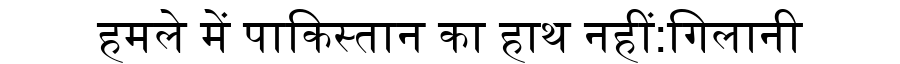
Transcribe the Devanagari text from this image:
हमले में पाकिस्तान का हाथ नहीं:गिलानी